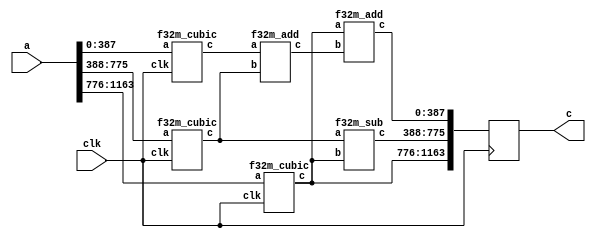
`define M     97          // M is the degree of the irreducible polynomial
`define WIDTH (2*`M-1)    // width for a GF(3^M) element
`define W2    (4*`M-1)    // width for a GF(3^{2*M}) element
`define W3    (6*`M-1)    // width for a GF(3^{3*M}) element
`define W6    (12*`M-1)   // width for a GF(3^{6*M}) element
`define PX    196'h4000000000000000000000000000000000000000001000002 // PX is the irreducible polynomial
`define ZERO {(2*`M){1'b0}}
`define TWO {(2*`M-2){1'b0}},2'b10
`define MOST 2*`M+1:2*`M

module f36m_cubic(clk, a, c);
    input clk;
    input [`W6:0] a;
    output reg [`W6:0] c;
    wire [`W2:0] a0,a1,a2,v0,v1,v2,v3,c0,c1,c2;
    
    assign {a2,a1,a0} = a;
    assign c2 = v2; // c2 == a2^3
    
    f32m_cubic
        ins1 (clk, a0, v0), // v0 == a0^3
        ins2 (clk, a1, v1), // v0 == a1^3
        ins3 (clk, a2, v2); // v0 == a2^3
    f32m_add
        ins4 (v0, v1, v3), // v3 == v0+v1 = a0^3 + a1^3
        ins5 (v2, v3, c0); // c0 == a0^3 + a1^3 + a2^3
    f32m_sub
        ins6 (v1, v2, c1); // c1 == a1^3 - a2^3
    
    always @ (posedge clk)
        c <= {c2,c1,c0};
endmodule
module f32m_sub(a, b, c);
    input [`W2:0] a, b;
    output [`W2:0] c;
    f3m_sub 
        s1 (a[`W2:`WIDTH+1], b[`W2:`WIDTH+1], c[`W2:`WIDTH+1]),
        s2 (a[`WIDTH:0], b[`WIDTH:0], c[`WIDTH:0]);
endmodule
module f32m_cubic(clk, a, c);
    input clk;
    input [`W2:0] a;
    output reg [`W2:0] c;
    wire [`WIDTH:0] a0,a1,c0,c1,v;
    assign {a1,a0} = a;
    f3m_cubic
        ins1 (a0, c0), // c0 == a0^3
        ins2 (a1, v);  // v == a1^3
    f3m_neg
        ins3 (v, c1);  // c1 == -v == - a1^3
    always @ (posedge clk)
        c <= {c1,c0};
endmodule
module f3m_cubic(input wire [193:0] in, output wire [193:0] out);
wire [1:0] w0; f3_add a0(in[131:130], in[139:138], w0);
wire [1:0] w1; f3_add a1(in[133:132], in[141:140], w1);
wire [1:0] w2; f3_add a2(in[135:134], in[143:142], w2);
wire [1:0] w3; f3_add a3(in[137:136], in[145:144], w3);
wire [1:0] w4; f3_add a4(in[147:146], in[155:154], w4);
wire [1:0] w5; f3_add a5(in[149:148], in[157:156], w5);
wire [1:0] w6; f3_add a6(in[151:150], in[159:158], w6);
wire [1:0] w7; f3_add a7(in[153:152], in[161:160], w7);
wire [1:0] w8; f3_add a8(in[163:162], in[171:170], w8);
wire [1:0] w9; f3_add a9(in[165:164], in[173:172], w9);
wire [1:0] w10; f3_add a10(in[167:166], in[175:174], w10);
wire [1:0] w11; f3_add a11(in[169:168], in[177:176], w11);
wire [1:0] w12; f3_add a12(in[179:178], in[187:186], w12);
wire [1:0] w13; f3_add a13(in[181:180], in[189:188], w13);
wire [1:0] w14; f3_add a14(in[183:182], in[191:190], w14);
wire [1:0] w15; f3_add a15(in[185:184], in[193:192], w15);
wire [1:0] w16;
f3_add a16(in[1:0], w12, w16);
assign out[1:0] = w16;
wire [1:0] w17;
f3_add a17({in[122],in[123]}, in[131:130], w17);
assign out[3:2] = w17;
assign out[5:4] = in[67:66];
wire [1:0] w18;
f3_add a18(in[3:2], w13, w18);
assign out[7:6] = w18;
wire [1:0] w19;
f3_add a19({in[124],in[125]}, in[133:132], w19);
assign out[9:8] = w19;
assign out[11:10] = in[69:68];
wire [1:0] w20;
f3_add a20(in[5:4], w14, w20);
assign out[13:12] = w20;
wire [1:0] w21;
f3_add a21({in[126],in[127]}, in[135:134], w21);
assign out[15:14] = w21;
assign out[17:16] = in[71:70];
wire [1:0] w22;
f3_add a22(in[7:6], w15, w22);
assign out[19:18] = w22;
wire [1:0] w23;
f3_add a23({in[128],in[129]}, in[137:136], w23);
assign out[21:20] = w23;
assign out[23:22] = in[73:72];
wire [1:0] w24;
f3_add a24(in[9:8], {in[178],in[179]}, w24);
assign out[25:24] = w24;
wire [1:0] w25;
f3_add a25(in[123:122], w0, w25);
assign out[27:26] = w25;
wire [1:0] w26;
f3_add a26({in[66],in[67]}, in[75:74], w26);
assign out[29:28] = w26;
wire [1:0] w27;
f3_add a27(in[11:10], {in[180],in[181]}, w27);
assign out[31:30] = w27;
wire [1:0] w28;
f3_add a28(in[125:124], w1, w28);
assign out[33:32] = w28;
wire [1:0] w29;
f3_add a29({in[68],in[69]}, in[77:76], w29);
assign out[35:34] = w29;
wire [1:0] w30;
f3_add a30(in[13:12], {in[182],in[183]}, w30);
assign out[37:36] = w30;
wire [1:0] w31;
f3_add a31(in[127:126], w2, w31);
assign out[39:38] = w31;
wire [1:0] w32;
f3_add a32({in[70],in[71]}, in[79:78], w32);
assign out[41:40] = w32;
wire [1:0] w33;
f3_add a33(in[15:14], {in[184],in[185]}, w33);
assign out[43:42] = w33;
wire [1:0] w34;
f3_add a34(in[129:128], w3, w34);
assign out[45:44] = w34;
wire [1:0] w35;
f3_add a35({in[72],in[73]}, in[81:80], w35);
assign out[47:46] = w35;
wire [1:0] w36;
f3_add a36(in[17:16], {in[186],in[187]}, w36);
assign out[49:48] = w36;
wire [1:0] w37;
f3_add a37(in[147:146], w0, w37);
assign out[51:50] = w37;
wire [1:0] w38;
f3_add a38({in[74],in[75]}, in[83:82], w38);
assign out[53:52] = w38;
wire [1:0] w39;
f3_add a39(in[19:18], {in[188],in[189]}, w39);
assign out[55:54] = w39;
wire [1:0] w40;
f3_add a40(in[149:148], w1, w40);
assign out[57:56] = w40;
wire [1:0] w41;
f3_add a41({in[76],in[77]}, in[85:84], w41);
assign out[59:58] = w41;
wire [1:0] w42;
f3_add a42(in[21:20], {in[190],in[191]}, w42);
assign out[61:60] = w42;
wire [1:0] w43;
f3_add a43(in[151:150], w2, w43);
assign out[63:62] = w43;
wire [1:0] w44;
f3_add a44({in[78],in[79]}, in[87:86], w44);
assign out[65:64] = w44;
wire [1:0] w45;
f3_add a45(in[23:22], {in[192],in[193]}, w45);
assign out[67:66] = w45;
wire [1:0] w46;
f3_add a46(in[153:152], w3, w46);
assign out[69:68] = w46;
wire [1:0] w47;
f3_add a47({in[80],in[81]}, in[89:88], w47);
assign out[71:70] = w47;
assign out[73:72] = in[25:24];
wire [1:0] w48;
f3_add a48(in[139:138], w4, w48);
assign out[75:74] = w48;
wire [1:0] w49;
f3_add a49({in[82],in[83]}, in[91:90], w49);
assign out[77:76] = w49;
assign out[79:78] = in[27:26];
wire [1:0] w50;
f3_add a50(in[141:140], w5, w50);
assign out[81:80] = w50;
wire [1:0] w51;
f3_add a51({in[84],in[85]}, in[93:92], w51);
assign out[83:82] = w51;
assign out[85:84] = in[29:28];
wire [1:0] w52;
f3_add a52(in[143:142], w6, w52);
assign out[87:86] = w52;
wire [1:0] w53;
f3_add a53({in[86],in[87]}, in[95:94], w53);
assign out[89:88] = w53;
assign out[91:90] = in[31:30];
wire [1:0] w54;
f3_add a54(in[145:144], w7, w54);
assign out[93:92] = w54;
wire [1:0] w55;
f3_add a55({in[88],in[89]}, in[97:96], w55);
assign out[95:94] = w55;
assign out[97:96] = in[33:32];
wire [1:0] w56;
f3_add a56(in[163:162], w4, w56);
assign out[99:98] = w56;
wire [1:0] w57;
f3_add a57({in[90],in[91]}, in[99:98], w57);
assign out[101:100] = w57;
assign out[103:102] = in[35:34];
wire [1:0] w58;
f3_add a58(in[165:164], w5, w58);
assign out[105:104] = w58;
wire [1:0] w59;
f3_add a59({in[92],in[93]}, in[101:100], w59);
assign out[107:106] = w59;
assign out[109:108] = in[37:36];
wire [1:0] w60;
f3_add a60(in[167:166], w6, w60);
assign out[111:110] = w60;
wire [1:0] w61;
f3_add a61({in[94],in[95]}, in[103:102], w61);
assign out[113:112] = w61;
assign out[115:114] = in[39:38];
wire [1:0] w62;
f3_add a62(in[169:168], w7, w62);
assign out[117:116] = w62;
wire [1:0] w63;
f3_add a63({in[96],in[97]}, in[105:104], w63);
assign out[119:118] = w63;
assign out[121:120] = in[41:40];
wire [1:0] w64;
f3_add a64(in[155:154], w8, w64);
assign out[123:122] = w64;
wire [1:0] w65;
f3_add a65({in[98],in[99]}, in[107:106], w65);
assign out[125:124] = w65;
assign out[127:126] = in[43:42];
wire [1:0] w66;
f3_add a66(in[157:156], w9, w66);
assign out[129:128] = w66;
wire [1:0] w67;
f3_add a67({in[100],in[101]}, in[109:108], w67);
assign out[131:130] = w67;
assign out[133:132] = in[45:44];
wire [1:0] w68;
f3_add a68(in[159:158], w10, w68);
assign out[135:134] = w68;
wire [1:0] w69;
f3_add a69({in[102],in[103]}, in[111:110], w69);
assign out[137:136] = w69;
assign out[139:138] = in[47:46];
wire [1:0] w70;
f3_add a70(in[161:160], w11, w70);
assign out[141:140] = w70;
wire [1:0] w71;
f3_add a71({in[104],in[105]}, in[113:112], w71);
assign out[143:142] = w71;
assign out[145:144] = in[49:48];
wire [1:0] w72;
f3_add a72(in[179:178], w8, w72);
assign out[147:146] = w72;
wire [1:0] w73;
f3_add a73({in[106],in[107]}, in[115:114], w73);
assign out[149:148] = w73;
assign out[151:150] = in[51:50];
wire [1:0] w74;
f3_add a74(in[181:180], w9, w74);
assign out[153:152] = w74;
wire [1:0] w75;
f3_add a75({in[108],in[109]}, in[117:116], w75);
assign out[155:154] = w75;
assign out[157:156] = in[53:52];
wire [1:0] w76;
f3_add a76(in[183:182], w10, w76);
assign out[159:158] = w76;
wire [1:0] w77;
f3_add a77({in[110],in[111]}, in[119:118], w77);
assign out[161:160] = w77;
assign out[163:162] = in[55:54];
wire [1:0] w78;
f3_add a78(in[185:184], w11, w78);
assign out[165:164] = w78;
wire [1:0] w79;
f3_add a79({in[112],in[113]}, in[121:120], w79);
assign out[167:166] = w79;
assign out[169:168] = in[57:56];
wire [1:0] w80;
f3_add a80(in[171:170], w12, w80);
assign out[171:170] = w80;
wire [1:0] w81;
f3_add a81({in[114],in[115]}, in[123:122], w81);
assign out[173:172] = w81;
assign out[175:174] = in[59:58];
wire [1:0] w82;
f3_add a82(in[173:172], w13, w82);
assign out[177:176] = w82;
wire [1:0] w83;
f3_add a83({in[116],in[117]}, in[125:124], w83);
assign out[179:178] = w83;
assign out[181:180] = in[61:60];
wire [1:0] w84;
f3_add a84(in[175:174], w14, w84);
assign out[183:182] = w84;
wire [1:0] w85;
f3_add a85({in[118],in[119]}, in[127:126], w85);
assign out[185:184] = w85;
assign out[187:186] = in[63:62];
wire [1:0] w86;
f3_add a86(in[177:176], w15, w86);
assign out[189:188] = w86;
wire [1:0] w87;
f3_add a87({in[120],in[121]}, in[129:128], w87);
assign out[191:190] = w87;
assign out[193:192] = in[65:64];
endmodule

module f32m_add(a, b, c);
    input [`W2:0] a, b;
    output [`W2:0] c;
    f3m_add 
        a1 (a[`W2:`WIDTH+1], b[`W2:`WIDTH+1], c[`W2:`WIDTH+1]),
        a2 (a[`WIDTH:0], b[`WIDTH:0], c[`WIDTH:0]);
endmodule

module f3_add(A, B, C);
    input [1:0] A, B;
    output [1:0] C;
    wire a0, a1, b0, b1, c0, c1;
    assign {a1, a0} = A;
    assign {b1, b0} = B;
    assign C = {c1, c0};
    assign c0 = ( a0 & ~a1 & ~b0 & ~b1) |
                (~a0 & ~a1 &  b0 & ~b1) |
                (~a0 &  a1 & ~b0 &  b1) ;
    assign c1 = (~a0 &  a1 & ~b0 & ~b1) |
                ( a0 & ~a1 &  b0 & ~b1) |
                (~a0 & ~a1 & ~b0 &  b1) ;
endmodule

module f3m_neg(a, c);
    input [`WIDTH:0] a;
    output [`WIDTH:0] c;
    genvar i;
    generate
        for(i=0;i<=`WIDTH;i=i+2)
          begin:label
            assign c[i+1:i] = {a[i],a[i+1]};
          end
    endgenerate
endmodule

module f3m_sub(A, B, C);
    input [`WIDTH : 0] A, B;
    output [`WIDTH : 0] C;
    genvar i;
    generate
        for(i=0; i<`M; i=i+1) begin: aa
            f3_sub aa(A[(2*i+1) : 2*i], B[(2*i+1) : 2*i], C[(2*i+1) : 2*i]);
        end
    endgenerate
endmodule

module f3_sub(A, B, C);
    input [1:0] A, B;
    output [1:0] C;
    f3_add m1(A, {B[0], B[1]}, C);
endmodule



module f3m_add(A, B, C);
    input [`WIDTH : 0] A, B;
    output [`WIDTH : 0] C;
    genvar i;
    generate
        for(i=0; i<`M; i=i+1) begin: aa
            f3_add aa(A[(2*i+1) : 2*i], B[(2*i+1) : 2*i], C[(2*i+1) : 2*i]);
        end
    endgenerate
endmodule